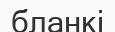
бланкі